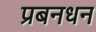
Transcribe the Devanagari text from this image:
प्रबनधन